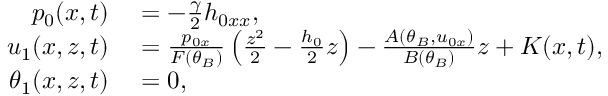
\begin{array} { r l } { p _ { 0 } ( x , t ) } & { { } = - \frac { \gamma } { 2 } h _ { 0 x x } , } \\ { u _ { 1 } ( x , z , t ) } & { { } = \frac { p _ { 0 x } } { F ( \theta _ { B } ) } \left( \frac { z ^ { 2 } } { 2 } - \frac { h _ { 0 } } { 2 } z \right) - \frac { A ( \theta _ { B } , u _ { 0 x } ) } { B ( \theta _ { B } ) } z + K ( x , t ) , } \\ { \theta _ { 1 } ( x , z , t ) } & { { } = 0 , } \end{array}